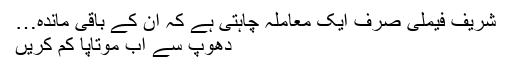
شریف فیملی صرف ایک معاملہ چاہتی ہے کہ ان کے باقی ماندہ…
دھوپ سے اب موتاپا کم کریں